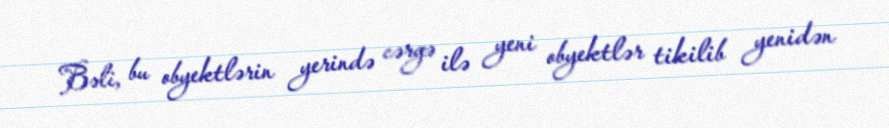
Bəli, bu obyektlərin yerində cərgə ilə yeni obyektlər tikilib yenidən